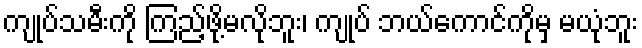
ကျုပ်သမီးကို ကြည့်ဖို့မလိုဘူး၊ ကျုပ် ဘယ်ကောင်ကိုမှ မယုံဘူး